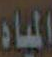
المياه